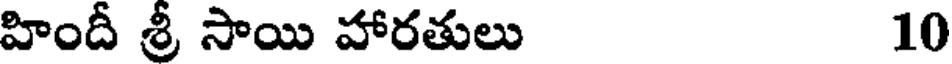
హిందీ శ్రీ సాయి హారతులు 10